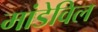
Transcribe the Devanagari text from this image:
मांडेविल